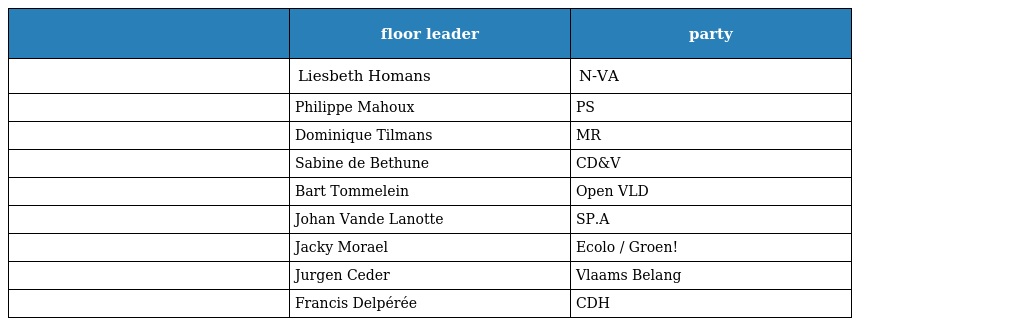
|  | floor leader | party |
 | --- | --- | --- |
 |  | Liesbeth Homans | N-VA |
 |  | Philippe Mahoux | PS |
 |  | Dominique Tilmans | MR |
 |  | Sabine de Bethune | CD&V |
 |  | Bart Tommelein | Open VLD |
 |  | Johan Vande Lanotte | SP.A |
 |  | Jacky Morael | Ecolo / Groen! |
 |  | Jurgen Ceder | Vlaams Belang |
 |  | Francis Delpérée | CDH |